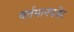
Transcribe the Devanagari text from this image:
वर्तमानपत्रेर